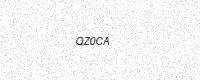
Text: QZ0CA